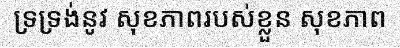
ទ្រទ្រង់នូវ សុខភាពរបស់ខ្លួន សុខភាព